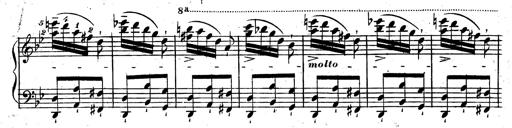
Title: Rondeau fantastique sur un thÃ¨me espagnol
Composer: Franz Liszt